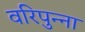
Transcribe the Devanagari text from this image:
वरिपुन्‍ना